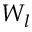
W _ { l }